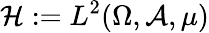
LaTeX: \mathcal{H}:=L^{2}(\Omega,\mathcal{A},\mu)